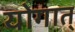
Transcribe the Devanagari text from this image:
योगात्